Lunatic asylums Central Provinces reports 1886-1894 - 1886-1894
Year: 1886
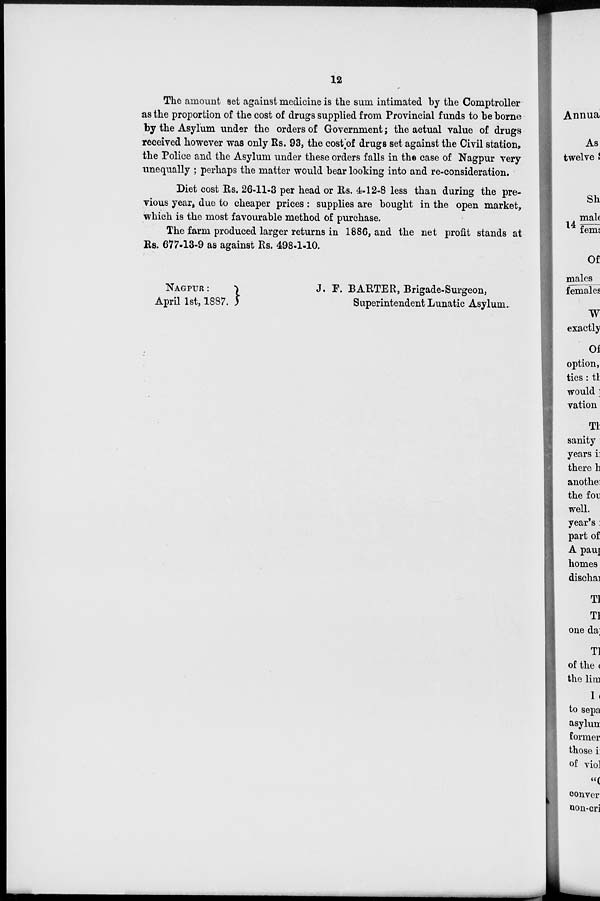
12
The amount set against medicine is the sum intimated by the Comptroller
as the proportion of the cost of drugs supplied from Provincial funds to be borne
by the Asylum under the orders of Government; the actual value of drugs
received however was only Rs. 93, the cost of drugs set against the Civil station,
the Police and the Asylum under these orders falls in the case of Nagpur very
unequally ; perhaps the matter would bear looking into and re-consideration.
Diet cost Rs. 26-11-3 per head or Rs. 4-12-8 less than during the pre-
vious year, due to cheaper prices : supplies are bought in the open market,
which is the most favourable method of purchase.
The farm produced larger returns in 1886, and the net profit stands at
Rs. 677-13-9 as against Rs. 498-1-10.
NAGPUR:
April 1st, 1887.
J. F. BARTER, Brigade-Surgeon,
Superintendent Lunatic Asylum.